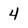
Character: 4